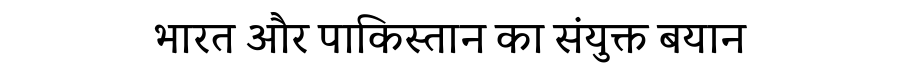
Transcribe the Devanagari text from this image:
भारत और पाकिस्तान का संयुक्त बयान